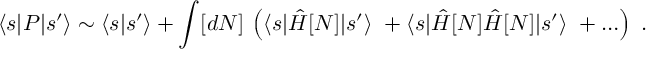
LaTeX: \langle s | P | s ^ { \prime } \rangle \sim \langle s | s ^ { \prime } \rangle + \int [ d N ] \, \left( \langle s | \hat { H } [ N ] | s ^ { \prime } \rangle \ + \langle s | \hat { H } [ N ] \hat { H } [ N ] | s ^ { \prime } \rangle \ + \ldots \right) \; .